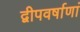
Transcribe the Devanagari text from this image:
द्वीपवर्षाणां